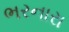
ભરનારા